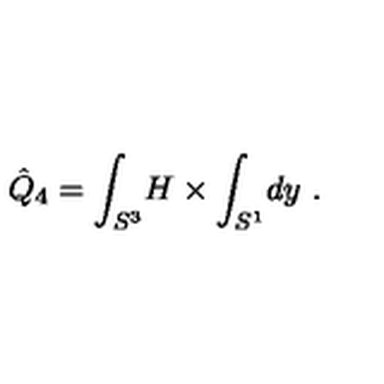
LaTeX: \hat { Q } _ { 4 } = \int _ { S ^ { 3 } } \! H \times \int _ { S ^ { 1 } } \! d y \ .